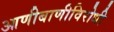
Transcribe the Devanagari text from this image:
आणीबाणीविरोधी